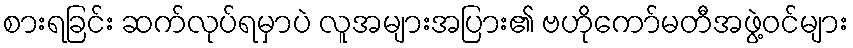
စားရခြင်း ဆက်လုပ်ရမှာပဲ လူအများအပြား၏ ဗဟိုကော်မတီအဖွဲ့ဝင်များ